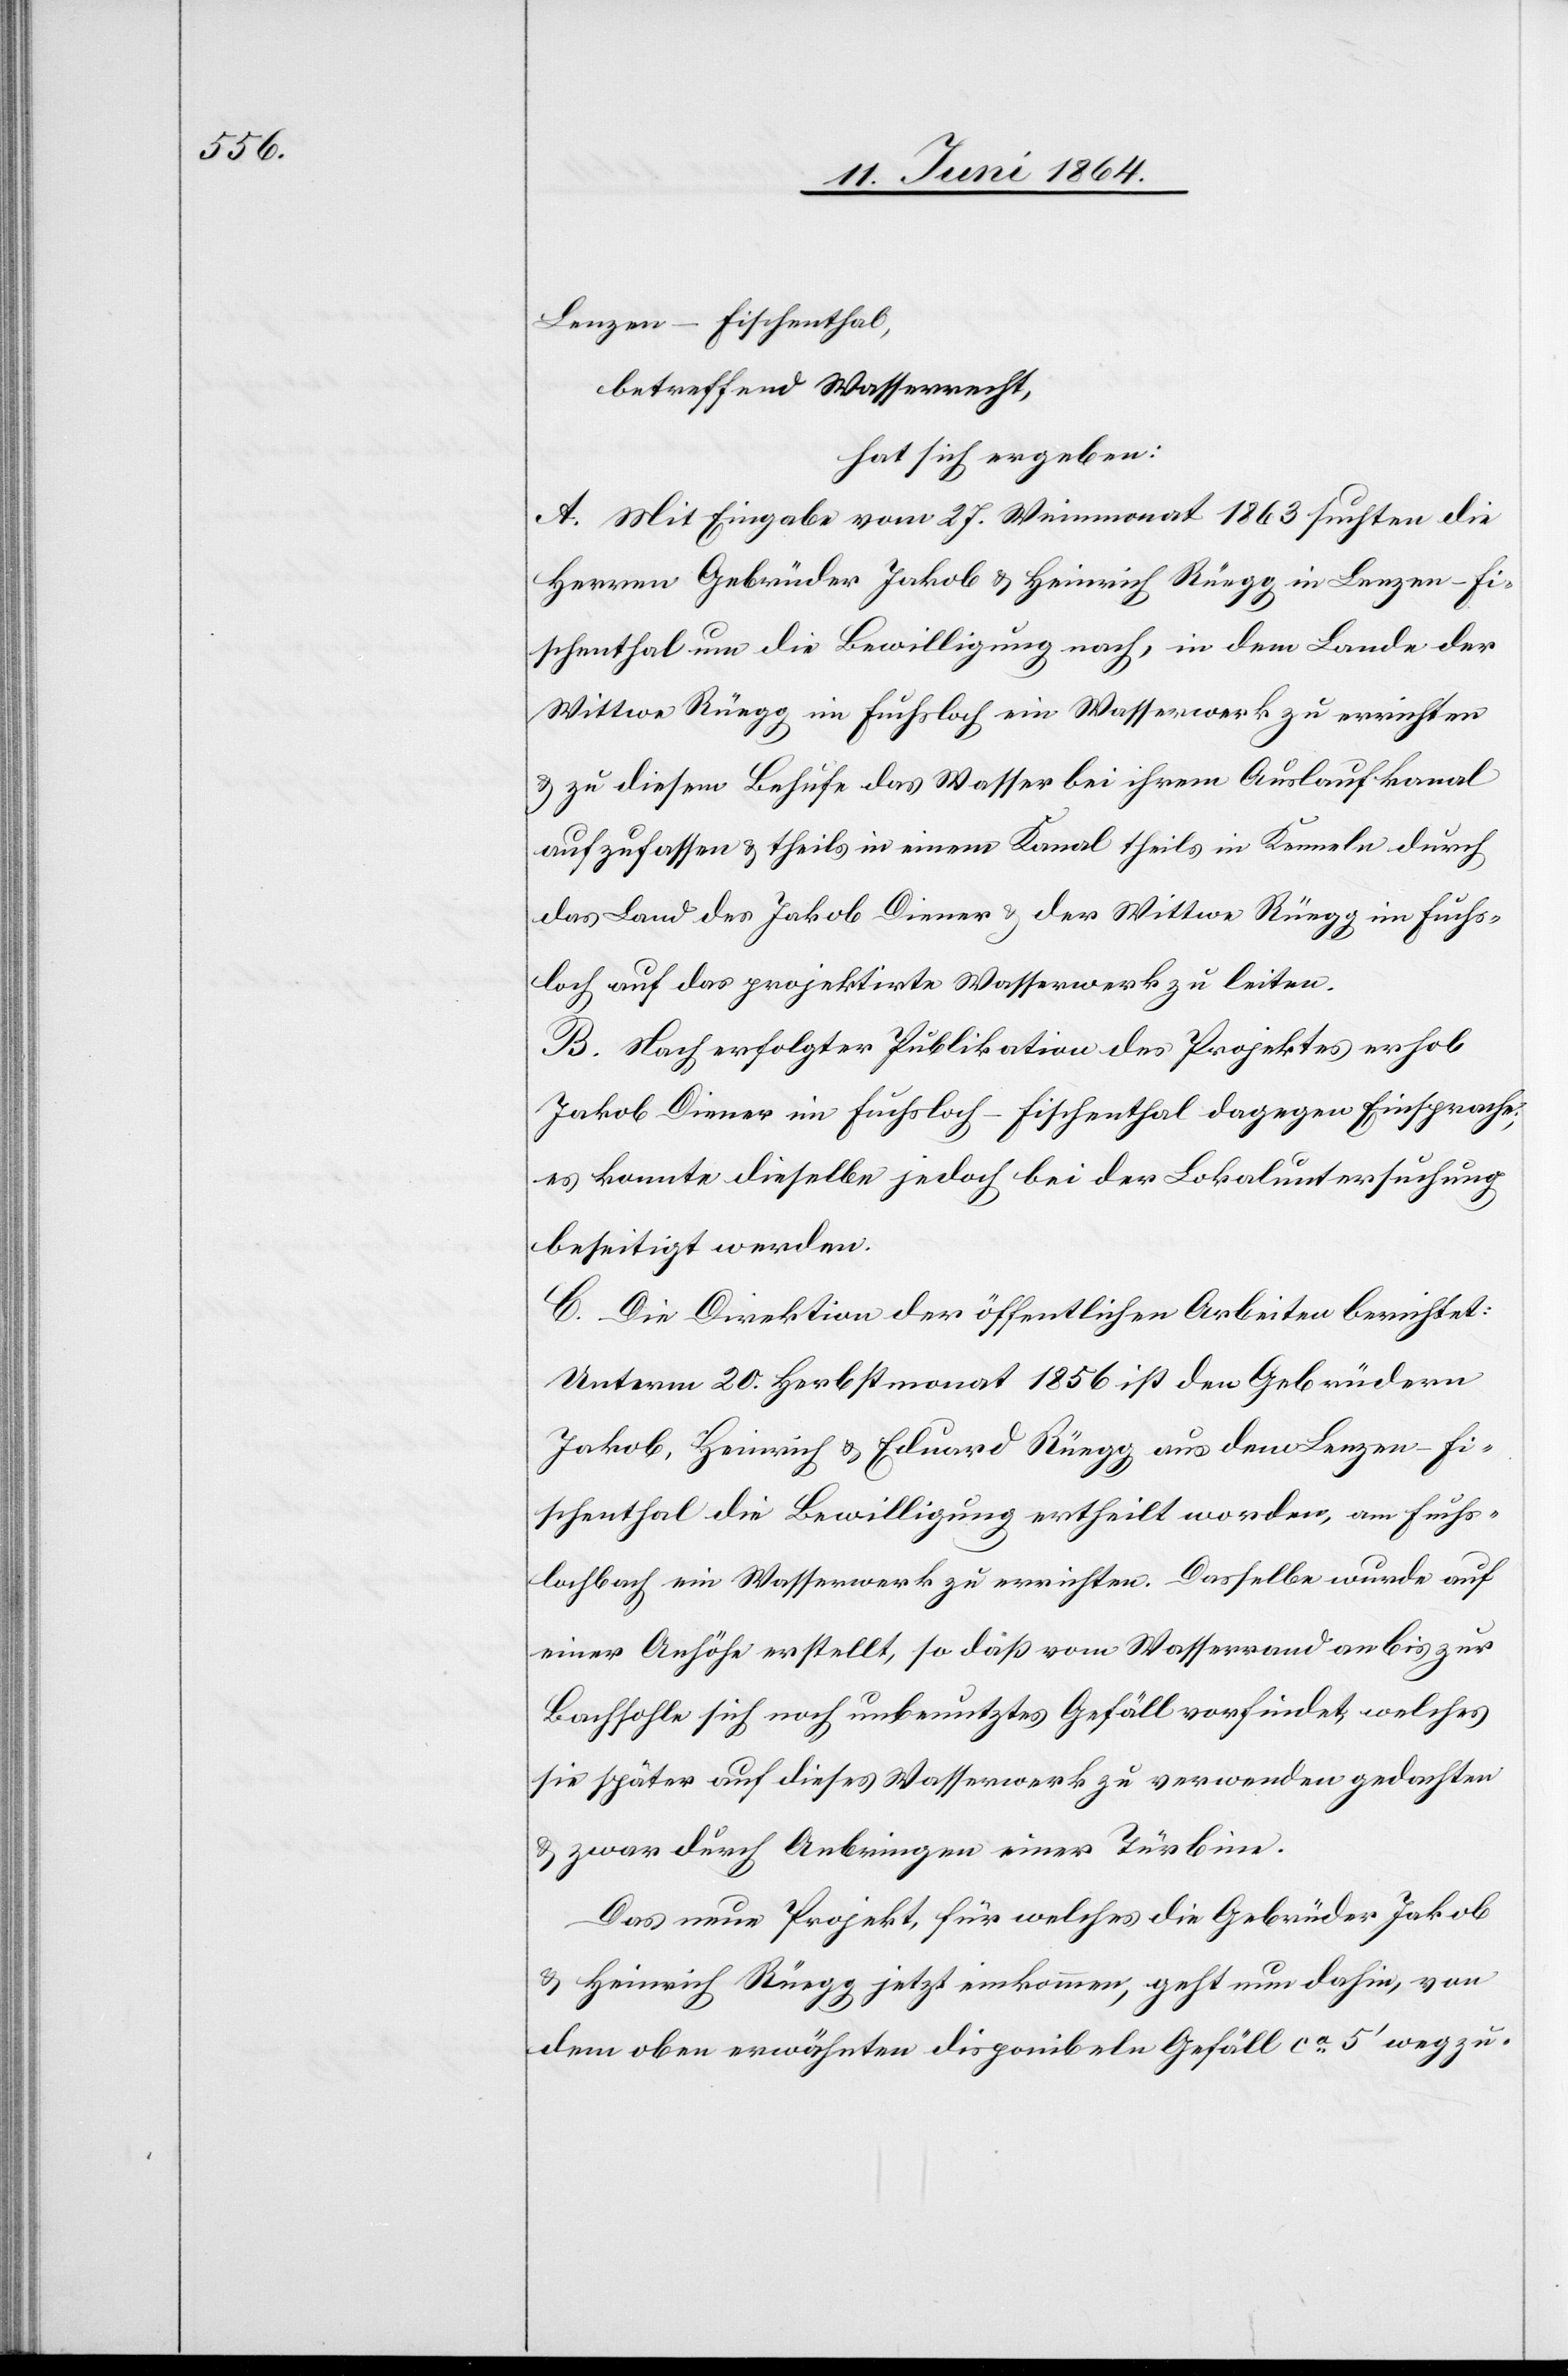
Lenzen-Fischenthal,
betreffend Wasserrecht,
hat sich ergeben:
A. Mit Eingabe vom 27. Weinmonat 1863 suchten die
Herren Gebrüder Jakob u. Heinrich Rüegg in Lenzen-Fi¬
schenthal um die Bewilligung nach, in dem Lande der
Wittwe Rüegg im Fuchsloch ein Wasserwerk zu errichten
u. zu diesem Behufe das Wasser bei ihrem Auslaufkanal
aufzufassen u. theils in einem Kanal theils in Kenneln durch
das Land des Jakob Diener u. der Wittwe Rüegg im Fuchs¬
loch auf das projektirte Wasserwerk zu leiten.
B. Nach erfolgter Publikation des Projektes erhob
Jakob Diener im Fuchsloch-Fischenthal dagegen Einsprache;
es konnte dieselbe jedoch bei der Lokaluntersuchung
beseitigt werden.
C. Die Direktion der öffentlichen Arbeiten berichtet:
Unterm 20. Herbstmonat 1856 ist den Gebrüdern
Jakob, Heinrich u. Eduard Rüegg aus dem Lenzen Fi¬
schenthal die Bewilligung ertheilt worden, am Fuchs¬
lochbach ein Wasserwerk zu errichten. Dasselbe wurde auf
einer Anhöhe erstellt, so daß vom Wasserrand an bis zur
Bachsohle sich noch unbenutztes Gefäll vorfindet, welches
sie später auf dieses Wasserwerk zu verwenden gedachten
u. zwar durch Anbringen einer Türbine.
Das neue Projekt, für welches die Gebrüder Jakob
u. Heinrich Rüegg jetzt einkommen, geht nun dahin, von
dem oben erwähnten disponibeln Gefäll ca 5’ wegzu-